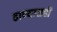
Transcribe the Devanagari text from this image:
ठाण्यासही